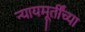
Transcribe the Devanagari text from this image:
न्यायमूर्तींच्या